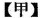
【甲】